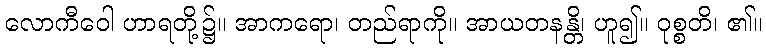
လောကီဝေါ ဟာရတို့၌။ အာကရော၊ တည်ရာကို။ အာယတနန္တိ၊ ဟူ၍။ ဝုစ္စတိ၊ ၏။